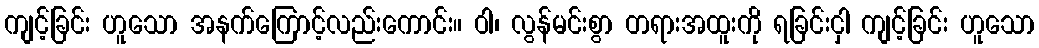
ကျင့်ခြင်း ဟူသော အနက်ကြောင့်လည်းကောင်း။ ဝါ၊ လွန်မင်းစွာ တရားအထူးကို ရခြင်းငှါ ကျင့်ခြင်း ဟူသော